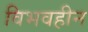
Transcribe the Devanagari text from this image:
विभवहीन